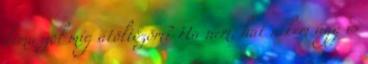
kimászol míg átöltözöm? Ha nem, hát nekem úgy is